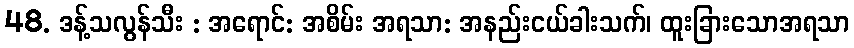
48. ဒန့်သလွန်သီး : အရောင်: အစိမ်း အရသာ: အနည်းငယ်ခါးသက်၊ ထူးခြားသောအရသာ